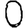
Digit: 0